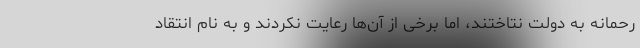
رحمانه به دولت نتاختند، اما برخی از آن‌ها رعایت نکردند و به نام انتقاد